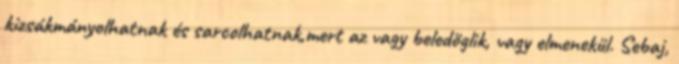
kizsákmányolhatnak és sarcolhatnak,mert az vagy beledöglik, vagy elmenekül. Sebaj,